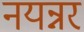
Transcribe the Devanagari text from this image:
नयन्नर